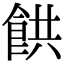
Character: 𩛘